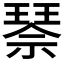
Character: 𰢌